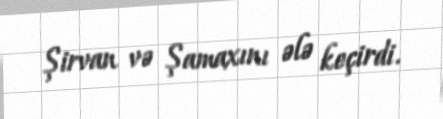
Şirvan və Şamaxını ələ keçirdi.